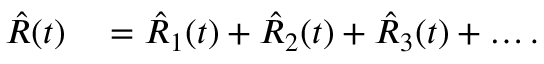
\begin{array} { r l } { \hat { R } ( t ) } & { { } = \hat { R } _ { 1 } ( t ) + \hat { R } _ { 2 } ( t ) + \hat { R } _ { 3 } ( t ) + \dots . } \end{array}